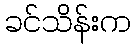
ခင်သိန်းက